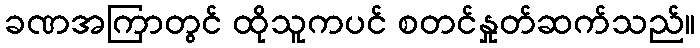
ခဏအကြာတွင် ထိုသူကပင် စတင်နှုတ်ဆက်သည်။